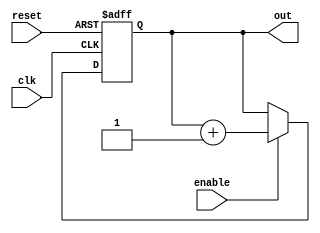
module JohnsonCounterWithEnable (
    input wire clk,
    input wire reset,
    input wire enable,
    output reg [3:0] out
);

reg [3:0] counter;

always @ (posedge clk or posedge reset) begin
    if (reset) begin
        counter <= 4'b0000;
    end else if (enable) begin
        counter <= counter + 1;
    end
end

assign out = counter;

endmodule